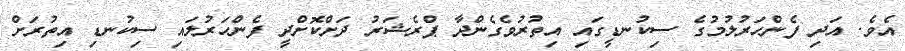
އެވެ. އަދި ފެންހަރުލުމުގެ ސިކުނޑީގައި އިތުރުވެގެންދާ ޕްރެޝަރު ދަށްކޮށްދީ ފެންހަރުލައި ސިކުނޑި އިތުރަށް